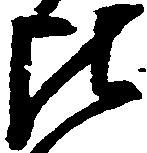
比